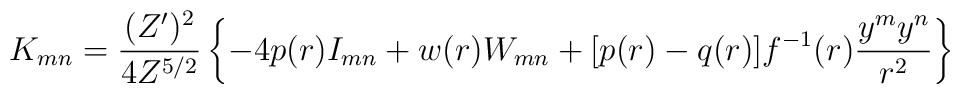
K_{mn}=\frac{(Z')^2}{4Z^{5/2}}\left\{-4p(r)I_{mn}+w(r)W_{mn}+[p(r)-q(r)]f^{-1}(r)\frac{y^my^n}{r^2}\right\}